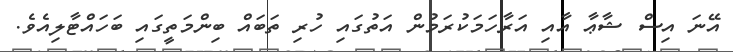
އޭނަ އިސް ޝާޢާ އާއި އަރާހަމަކުރަމުން އަތުގައި ހުރި ތަބައް ބިންމަތީގައި ބަހައްޓާލިއެވެ.